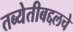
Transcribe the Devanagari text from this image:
तब्येतीबद्दलचे